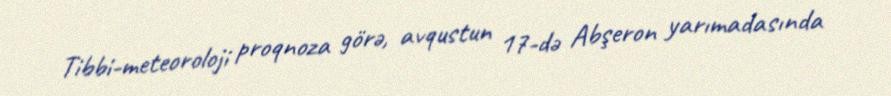
Tibbi-meteoroloji proqnoza görə, avqustun 17-də Abşeron yarımadasında